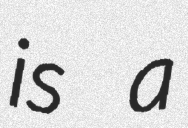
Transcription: is a